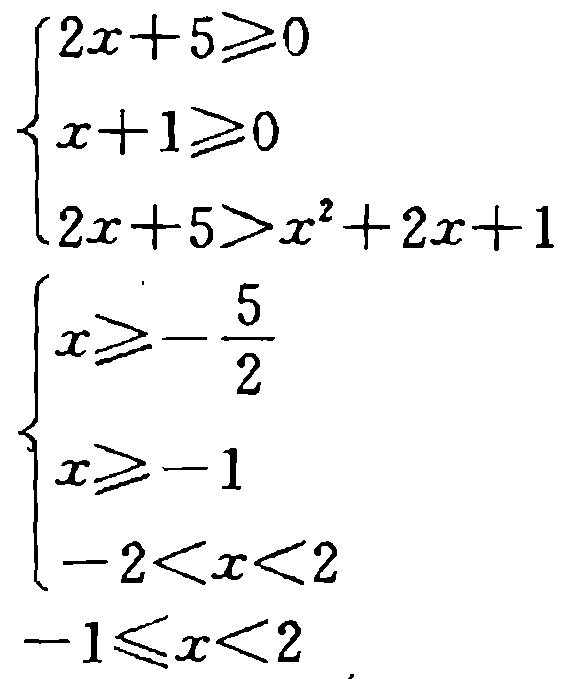
\[\begin{cases}
2x + 5\geq0 \\
x + 1\geq0 \\
2x + 5>x^{2}+2x + 1 \\
\end{cases}
\Rightarrow
\begin{cases}
x\geq-\frac{5}{2} \\
x\geq - 1 \\
-2<x<2 \\
\end{cases}
\Rightarrow
-1\leq x<2\]